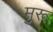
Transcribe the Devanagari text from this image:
मुरू